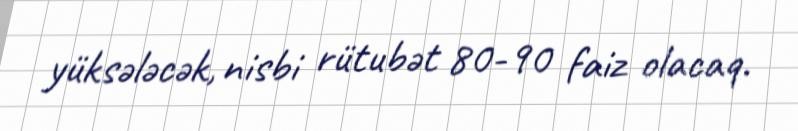
yüksələcək, nisbi rütubət 80-90 faiz olacaq.